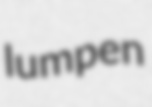
lumpen